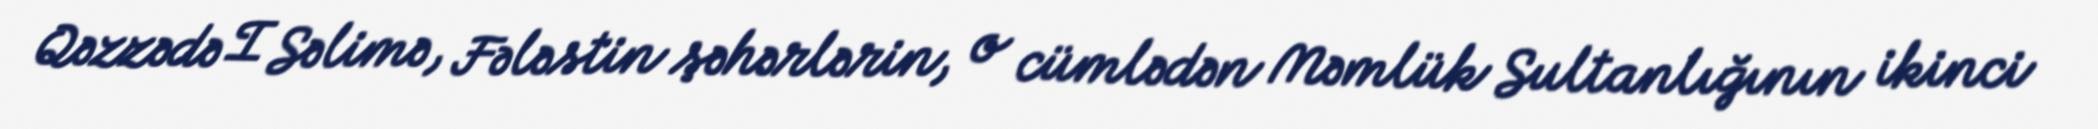
Qəzzədə I Səlimə, Fələstin şəhərlərin, o cümlədən Məmlük Sultanlığının ikinci